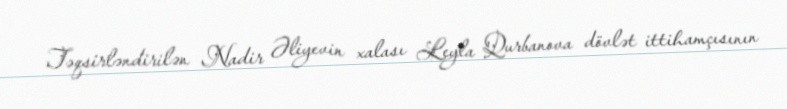
Təqsirləndirilən Nadir Əliyevin xalası Leyla Qurbanova dövlət ittihamçısının